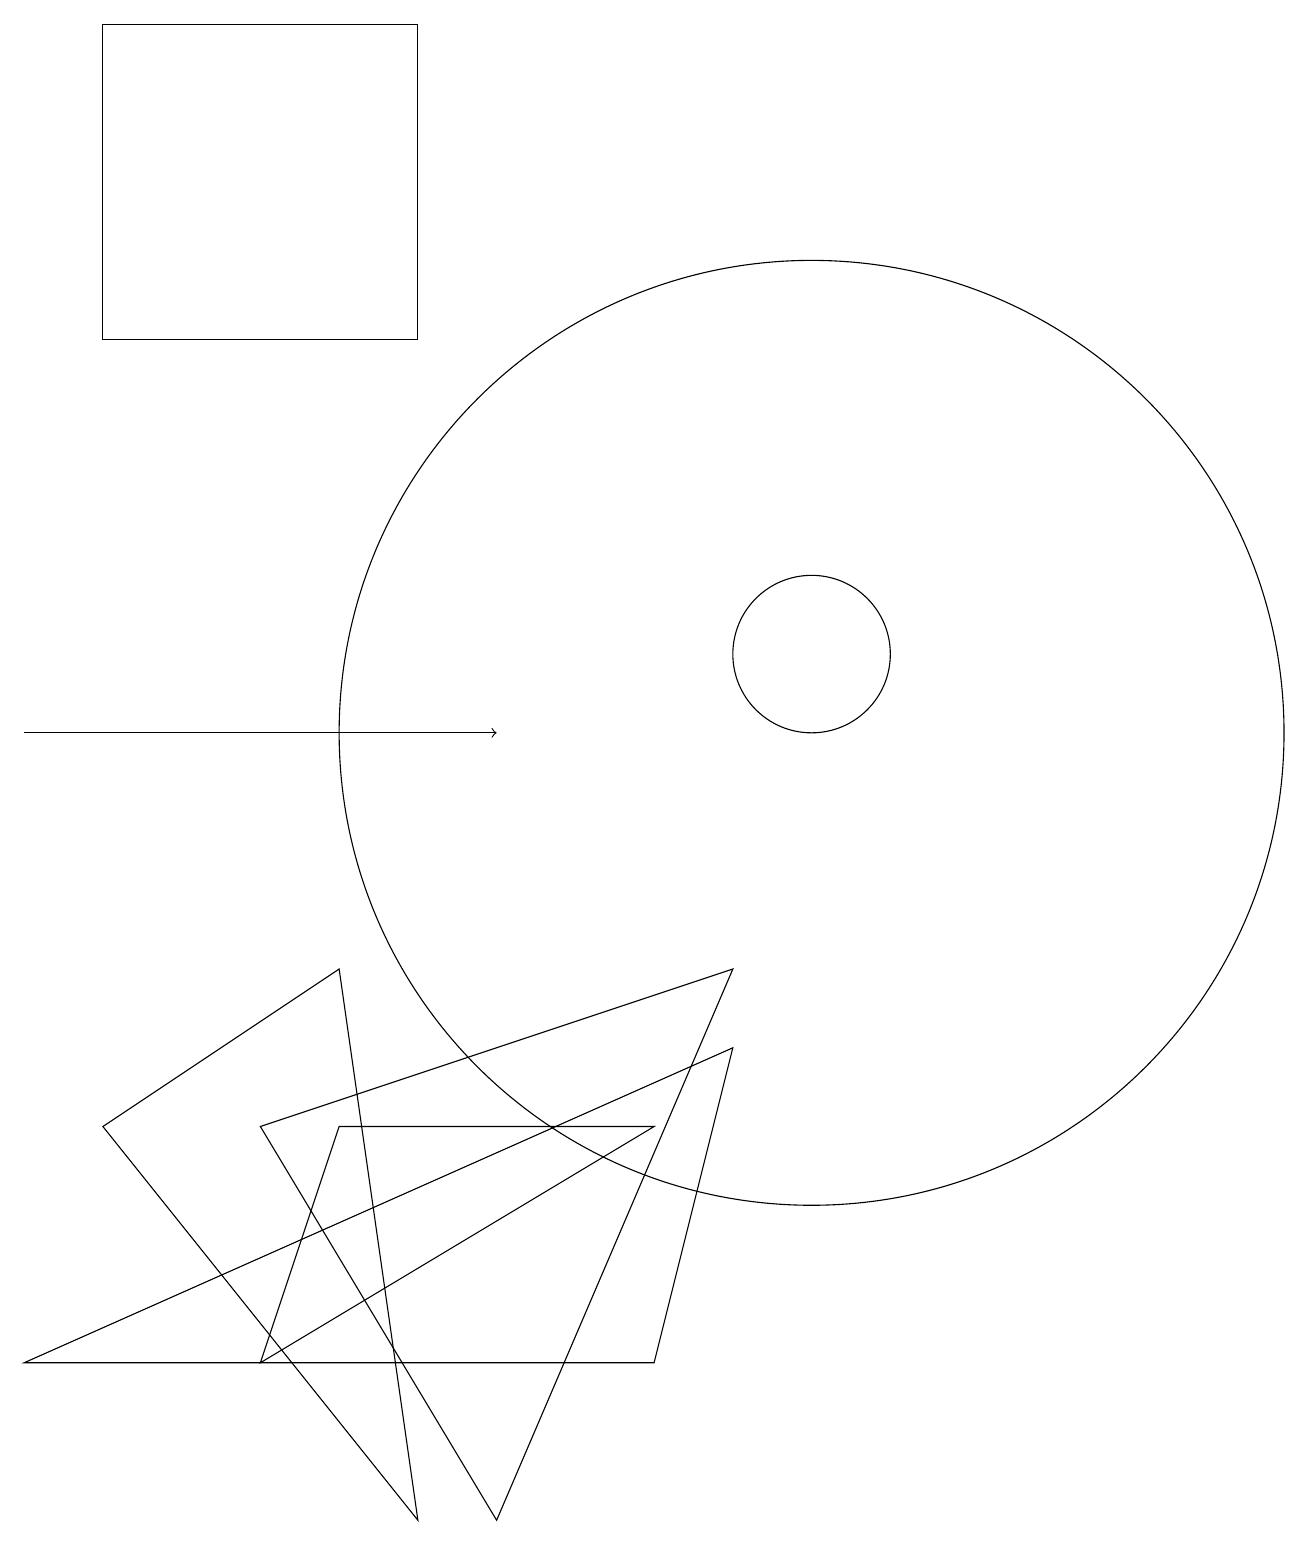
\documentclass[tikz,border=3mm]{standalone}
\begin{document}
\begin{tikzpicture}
\draw[->] (0,10) -- (6,10);
\draw (10,10) circle (6);
\draw (4,7) -- (5,0) -- (1,5) -- cycle;
\draw (9,6) -- (8,2) -- (0,2) -- cycle;
\draw (1,19) rectangle (5,15);
\draw (10,11) circle (1);
\draw (9,7) -- (6,0) -- (3,5) -- cycle;
\draw (8,5) -- (4,5) -- (3,2) -- cycle;
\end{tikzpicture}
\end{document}